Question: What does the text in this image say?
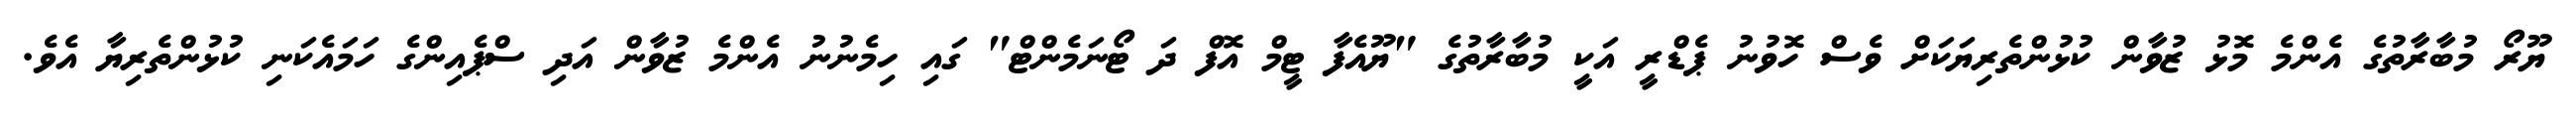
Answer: ޔޫރޯ މުބާރާތުގެ އެންމެ މޮޅު ޒުވާން ކުޅުންތެރިޔަކަށް ވެސް ހޮވުނު ޕެޑްރީ އަކީ މުބާރާތުގެ "ޔޫއެފާ ޓީމް އޮފް ދަ ޓޯނަމެންޓް" ގައި ހިމެނުނު އެންމެ ޒުވާން އަދި ސްޕެއިންގެ ހަމައެކަނި ކުޅުންތެރިޔާ އެވެ.